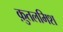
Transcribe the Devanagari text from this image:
क़ुतलमिश